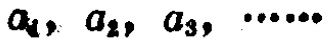
$a_1, a_2, a_3, \cdots\cdots$